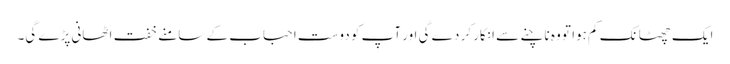
ایک چھٹانک کم ہوا تو وہ ناچنے سے انکار کر دے گی اور آپ کو دوست احباب کے سامنے خفت اٹھانی پڑے گی۔